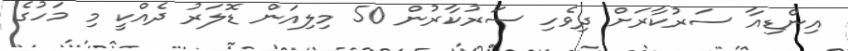
އިންޑިއާ ސަރުކާރަށް ދިވެހި ސަރުކާރުން 50 މިލިއަން ޑޮލަރު ދެއްކީ މި މަހުގެ